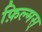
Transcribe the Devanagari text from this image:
फ़िल्मस्